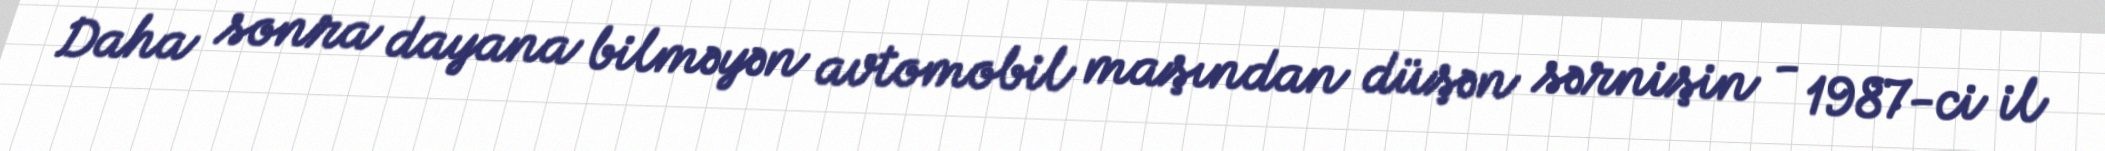
Daha sonra dayana bilməyən avtomobil maşından düşən sərnişin - 1987-ci il